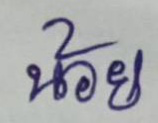
น้อย